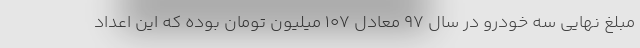
مبلغ نهایی سه خودرو در سال 97 معادل 107 میلیون تومان بوده که این اعداد